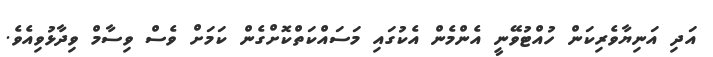
އަދި އަނިޔާވެރިކަން ހުއްޓުވޭނީ އެންމެން އެކުގައި މަސައްކަތްކޮށްގެން ކަމަށް ވެސް ވިސާމް ވިދާޅުވިއެވެ.